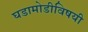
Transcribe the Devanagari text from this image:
घडामोडीविषयी